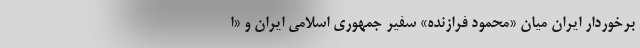
برخوردار ایران میان «محمود فرازنده» سفیر جمهوری اسلامی ایران و «ا